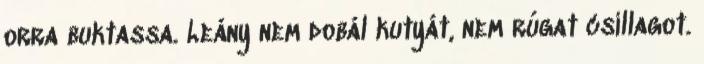
orra buktassa. Leány nem dobál kutyát, nem rúgat csillagot.